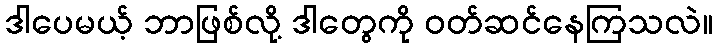
ဒါပေမယ့် ဘာဖြစ်လို့ ဒါတွေကို ဝတ်ဆင်နေကြသလဲ။